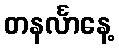
တနင်္လာနေ့